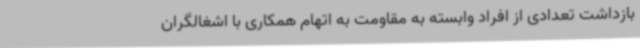
بازداشت تعدادی از افراد وابسته به مقاومت به اتهام همکاری با اشغالگران